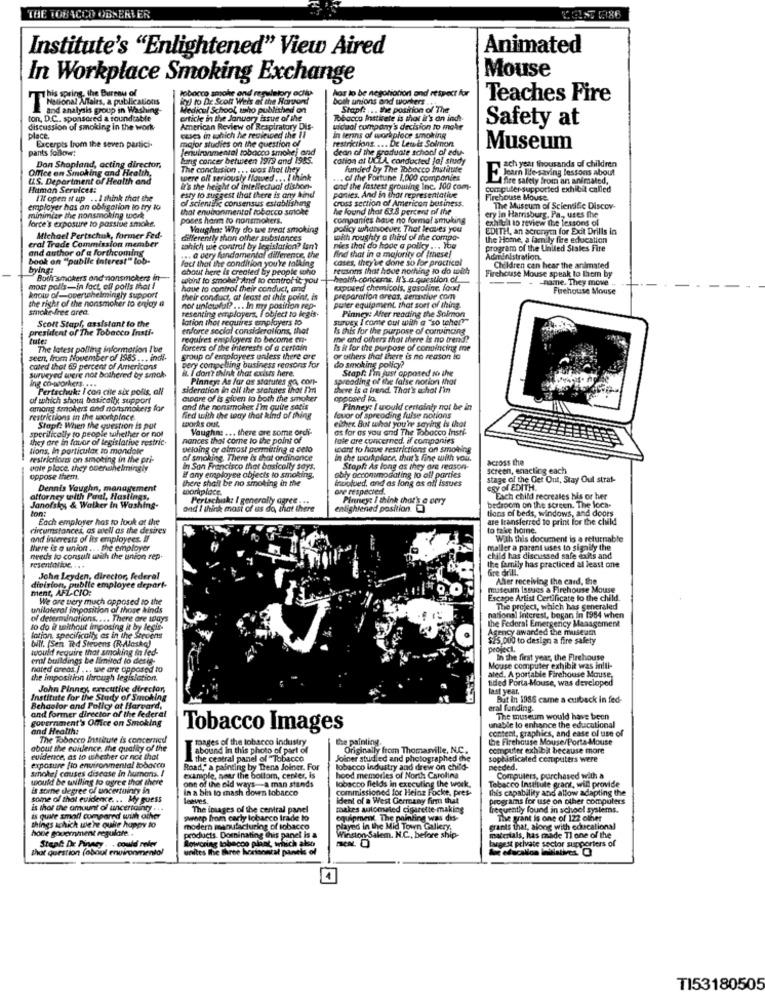
THE TOBACCO OBSERVER
Institute's "Enlightened" View Aired
Animated
Mouse
In Workplace Smoking Exchange
Jobocco amohr ond regulatory achty
has to be negotiation and respect for
This spring, the Bureau of
wy to De Scoff Weis at the Rorvond
both unions and wonters ...
Teaches Fire
Hodonal Mairs, a publications
and analysis group in Washing-
Medical School who published on
Staph: ... the position of The
ton, D.C .. sponsored a roundtable
article in the January issue of the
Tobacco Instilete is that it's an indt
discussion of smoking in the work
American Review of Respiratory Dis-
uidual company's decision to make
Safety at
place.
ceses in which he reviewed the 11
major studies on the question of
restrictions. ... De Lewde Solmon
in lerns of workplace smoking
pants foilow:
Excerpts from the seven partici.
environmental tobacco smohei and
dean of the graduate school of edu-
Museum
Lung cancer between 1979 and 1955.
cation at UCLA conducted joj study
Office on Smoking and Health,
Don Shopland, acting director,
The conclusion ... was that they
funded by The Tobacco Institute
ach year thousands of children
U.S. Department of Health and
were oll seriously flawed ... I think
. of the Fortune 1,000 companies
Eteen lifesaving lessons about
Human Services:
it's the height of intellectual dishon-
and the fastest grouting Inc. 100 com-
apporter
IN open i up .. I think that the
esty to suggest that there is any kind
of scientific consensus establishing
cross section of American business.
panies, And in that representative
Firehouse Mouse
employer has an obligation to try to
that environmental tobacco smoke
he found that 63.8 percent of the
The Museum of Scientific Discov-
force's exposure to passive smoke.
minimize the nonsmoking work
poses harm to nonsmokers.
companies have no formal smuking
ery in Harrisburg, Pa ., uses the
exhibit to review the lessons of
Vaughn: Why do we treat smoking
policy wuharsocuer That leaves you
EDITH, an acrongen for Exit Drills in
Michael Pertechuk, former Fed-
differently than other substances
with roughly & third of the compa-
the Home, a family fire education
and author of a forthcoming
eral Trade Commission member
tahich wie control by legislation? Isn't
nies thal do hode a policy ... You
program of the United States Fire
book on "public interest" lob.
fact that the condition you're talking
... a very fundamental difference, the
find that in a majority of (these!
cases, they've done so for practical
Administration.
bying:
about here is created by people who
reasons that have nothing to do with
Firehouse Mouse speak to them by
Children can hear the animated
Bothrsmokers ond nonsmokers in-
won! to smoke? And to control it, you
health concerns, It's.a question of
- - naine. They move
most polls-in fact, off polls that !
have to control their conduct, and
exposed chemicals, gasoline, foud!
Firehouse Mouse
know of-opertohelmingly support
the right of the nonsmoker to enjoy a
their conduct, at least at this point, is
preparation areas, semative com
smoke free area.
not unlawful? ... In my position rep-
resenting employers, I' object to legis-
puter equipment that sort of thing.
Pinney: After reading the Solmon
Scott Stapl, assistant to the
lation that requires employers to
survey I come out with a "so toher?"
president of The Tobacco Insti-
enforce social considerations, that
Is this for the purpose of convincing
tute:
requires employers to become en-
me and others thot there is no trend?
The latest polling information I've
forcers of the interests of a certain
Is it for the purpose of convincing me
seen, from November of 1985 ... ind.
group of employees unless there are
or others that there is no reason to
cated that 69 percent of Americons
it. I don't think that exists here.
Dery compelling business reasons for
do smoking policy?
Staph I'm just opposed to the
surveyed were not bothered by smak
Pinney: As far as statutes go, con-
spreading of the false notion that
Ing co-oporkers. ...
Pertschuk: I con cite six polls, all
sideration in all the statutes that I'm
there is a trend. That's what I'm
of which show basically support
aware of is given to both the smoker
opposed to.
among smokers and nonsmokers for
and the nonsmoker I'm quite satis
Pinney: I would certainly not be in
restrictions in the workplace.
fied with the way that kind of thing
torAS OUL
favor of spreading fuise notions
sperilically to people twhether or not
Staph: When the question is put
Vaughn: ... there are some ordi-
ether. But what you're saying is that
as far as you and The Tobacco Insti-
they are in favor of legislative restric-
nances that come to the point of
tale are concerned, if companies
tions, In particular, to mondole
peloing or almast permitting a ceto
want to have restrictions on smoking
restrictions on smoking in the pri-
of smoking, There is that ordinance
in the workplace, that's fine with you.
across the
uale place they onerihelmingly
in San Francisco that basically says.
Stopft As long as they are reason-
screen, enacting each
oppose them.
# any employee objects to smoking.
there shall be no smoking in the
ably accommodating to all parties
involved, and as long as all issues
stage of the Get Out, Stay Oul strat-
Dennis Vaughn, management
workplace.
one respected.
egy of EDITH.
attorney with Paul, Hastings,
Pertschuk: I generally agres -..
Pinney: I think that's a very
Each child recreales his or her
Janofskys & Walker In Washing-
ton:
and I think most of us da that there
entightened position
tions of beds, windows, and doors
bedroom on the screen. The loch-
Each employer has to look at the
are transferred to print for the child
circumstances, as well as the desires
to take home.
and interests of its employees. If
With this document is a returnable
there is a union ... the employer
maller a parent uses to signify the
needs to consult with the union rep.
child has discussed safe exis and
resentarinc. ...
the family has practiced al least one
fire drill!"
John Leyden, director, federal
After receiving the card, the
Ment, AFL-CIO:
division, publie employee depart-
museum Issues a Firehouse Mouse
We are very much opposed to the
Escape Artist Certificate to the child.
unilateral imposition of those hinds
The project, which has generaled
of determinations .... There are ways
the Federal Emergency Management
national interest, began in 1984 when
to do it without imposing it by legis-
Agency awarded the museum
lotion, specifically as in the Stevens
bilt. (Sen Ted Stevens (R-Alaska)
SES 000 to design a fire safety
would require that smoking in fed-
project,
erol buildings be limited lo derte-
In the first your, the Firehouse
nated areas | ... we are opposed to
aled. A portable Firehouse Mouse,
Mouse computer exhibit was initi-
the imposition through legislation.
sided Porta-Mouse, was developed
John Pinney, executive director,
last year.
Institute for the Study of Smoking
But in 1986 came a cuiback in fed-
and former director of the federal
Behaolor and Policy at Harvard,
eral funding.
government's Office on Smoking
The museum would have been
and Health:
Tobacco Images
unable to enhance the educational
content, graphics, and ease of use of
The Tobacco Insituse is concerned
mages of the tobacco industry
the painting.
the Firehouse Mouse/Porta Mouse
about the euilence, the quality of the
abound in this photo of part of
Originally from Thomasville, N.C.
computer exhibit because more
evidence, as to whether or not that
the central panel of Tobacco
Joiner studied and photographed the
sophisticated computers were
smoke] causes disease in humans. I
exposure fio environmental tobacco
Road, a painting by Trena Joiner. For
tobacco industry and drew on child-
needed.
would be willing to agree that there
one of the old ways-a man stands
example, sear the bottom, center, is
hood memories of North Carolina
lobacco fields in executing the work.
Tobacco Institute grant, will provide
Computers, purchased with a
is some degree of uncertainty in
In a bin to mash down tobacco
commissioned lor Heinz Focke, pres-
this capability and allow adapting the
some of that evidence ... My guess
leeves.
ident of a West Germany firm that
Programs for use on other computers
is thor the amount of uncertainty ..
The images of the central panel
makes automated cigarette-making
frequently found in school systems.
is quite smoll compared with other
yresp from carly lobarco trade to
equipment The painting was dis-
The grant is one of 122 other
things ichich we're quite happy to
hove government regulare ..
modern manufacturing of tobacco
played in the Mid Town Gallery.
grants that, along with educational
Staat De Pinacy . . could refer
products. Dominating chis panel is &
Lowering tobacco plant, which also
Winston-Salem. N.C ., before ship-
materials, has made TI one of the
lagest private sector supporters of
that question (about environmental
unites the three horaneral panels of
An efscallon initiatives. O
TI53180505